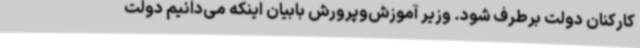
کارکنان دولت برطرف شود. وزیر آموزش‌وپرورش بابیان اینکه می‌دانیم دولت